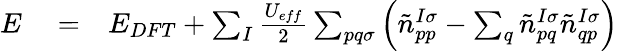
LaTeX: \begin{array}{rlr}{E}&{{}=}&{E_{DFT}+\sum_{I}\frac{U_{eff}}{2}\sum_{pq\sigma}\left(\tilde{n}_{pp}^{I\sigma}-\sum_{q}\tilde{n}_{pq}^{I\sigma}\tilde{n}_{qp}^{I\sigma}\right)}\end{array}